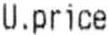
U.PRICE